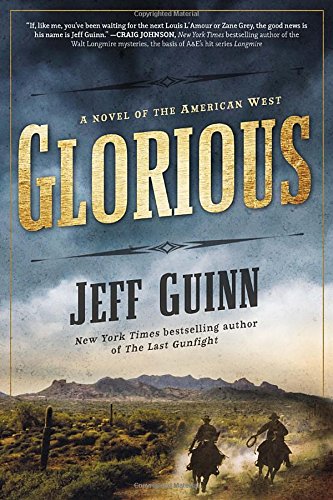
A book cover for Glorious: A Novel of the American West; Jeff Guinn; Literature & Fiction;